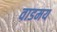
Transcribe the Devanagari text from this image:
वाडमय